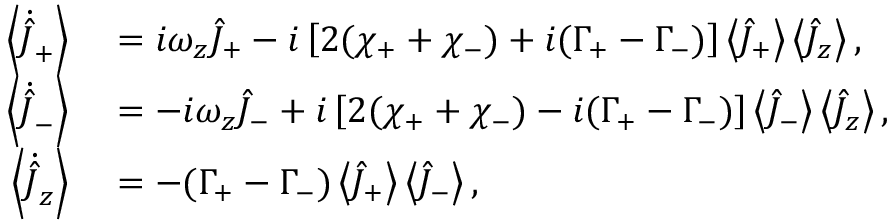
\begin{array} { r l } { \left\langle \dot { \hat { J } } _ { + } \right\rangle } & { { } = i \omega _ { z } \hat { J } _ { + } - i \left[ 2 ( \chi _ { + } + \chi _ { - } ) + i ( \Gamma _ { + } - \Gamma _ { - } ) \right] \left\langle \hat { J } _ { + } \right\rangle \left\langle \hat { J } _ { z } \right\rangle , } \\ { \left\langle \dot { \hat { J } } _ { - } \right\rangle } & { { } = - i \omega _ { z } \hat { J } _ { - } + i \left[ 2 ( \chi _ { + } + \chi _ { - } ) - i ( \Gamma _ { + } - \Gamma _ { - } ) \right] \left\langle \hat { J } _ { - } \right\rangle \left\langle \hat { J } _ { z } \right\rangle , } \\ { \left\langle \dot { \hat { J } } _ { z } \right\rangle } & { { } = - ( \Gamma _ { + } - \Gamma _ { - } ) \left\langle \hat { J } _ { + } \right\rangle \left\langle \hat { J } _ { - } \right\rangle , } \end{array}